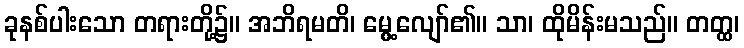
ခုနစ်ပါးသော တရားတို့၌။ အဘိရမတိ၊ မွေ့လျော်၏။ သာ၊ ထိုမိန်းမသည်။ တတ္ထ၊